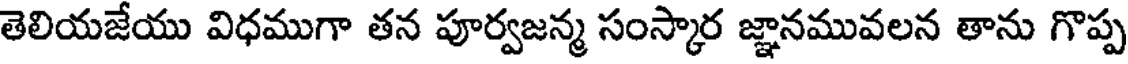
తెలియజేయు విధముగా తన పూర్వజన్మ సంస్కార జ్ఞానమువలన తాను గొప్ప